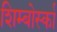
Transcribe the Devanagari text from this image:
शिम्बोर्स्का